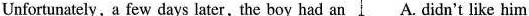
Unfortunately, a few days later, the boy had an A. didn't like him